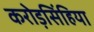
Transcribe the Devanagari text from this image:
करोड़सिंहिया